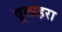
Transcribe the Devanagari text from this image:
वूलाहरा